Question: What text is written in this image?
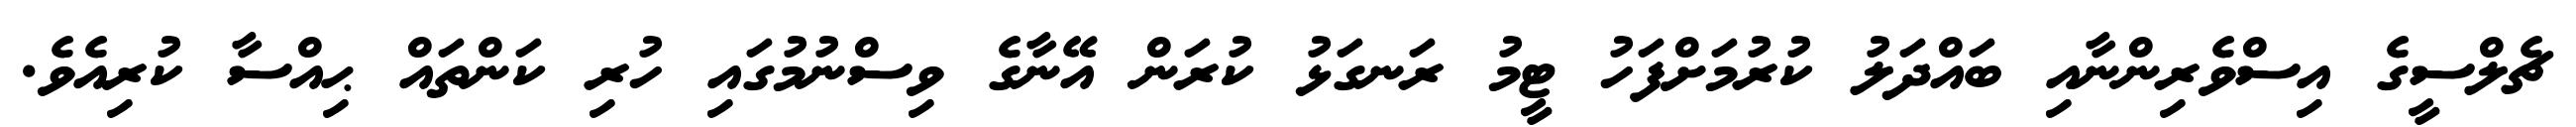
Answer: ޗެލްސީގެ އިސްވެރިންނާއި ބައްދަލު ކުރުމަށްފަހު ޓީމު ރަނގަޅު ކުރަން އޭނާގެ ވިސްނުމުގައި ހުރި ކަންތައް ޙިއްސާ ކުރިއެވެ.